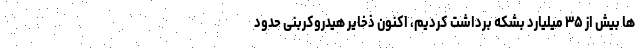
ها بیش از ۳۵ میلیارد بشکه برداشت کردیم، اکنون ذخایر هیدروکربنی حدود